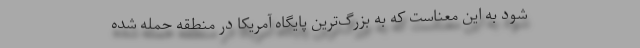
شود به این معناست که به بزرگ‌ترین پایگاه آمریکا در منطقه حمله شده